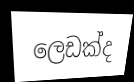
ලෙඩක්ද